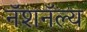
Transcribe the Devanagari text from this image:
नॅशनॅल्य